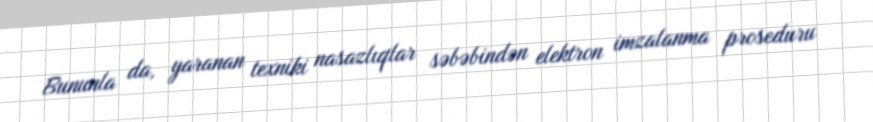
Bununla da, yaranan texniki nasazlıqlar səbəbindən elektron imzalanma proseduru